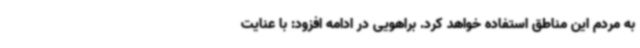
به مردم این مناطق استفاده خواهد کرد. براهویی در ادامه افزود: با عنایت